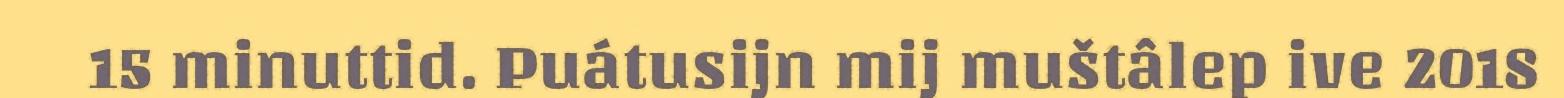
15 minuttid. Puátusijn mij muštâlep ive 2018